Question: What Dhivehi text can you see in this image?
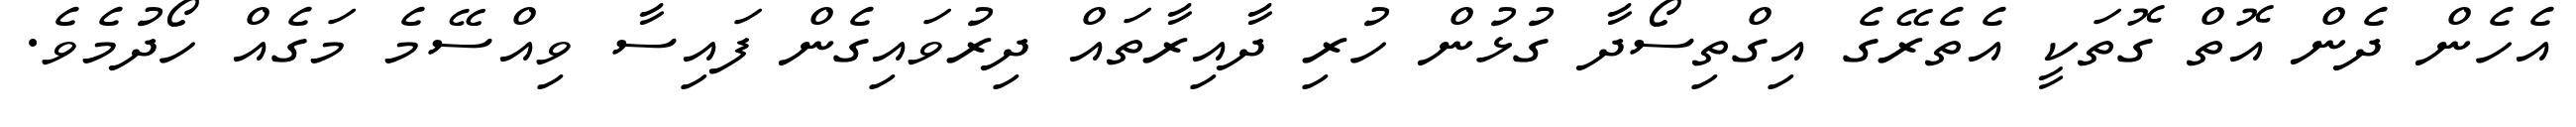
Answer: އެހެން ދެން އޮތް ގޮތަކީ އެތެރޭގެ އިގްތިސޯދާ ގުޅުން ހުރި ދާއިރާތައް ދިރުވައިގެން ފައިސާ ވިއްސޭމެ މަގެއް ހޯދުމެވެ.